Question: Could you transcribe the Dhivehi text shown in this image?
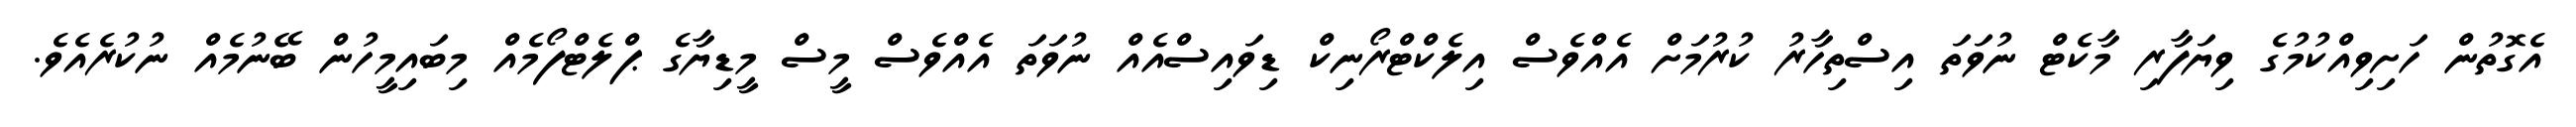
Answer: އެގޮތުން ހަށިވިއްކުމުގެ ވިޔަފާރި މާކެޓް ނުވަތަ އިސްތިހާރު ކުރުމަށް އެއްވެސް އިލެކްޓްރޯނިކް ޑިވައިސްއެއް ނުވަތަ އެއްވެސް މީސް މީޑިޔާގެ ޕްލެޓްފޯމެއް މިބައިމީހުން ބޭނުމެއް ނުކުރެއެވެ.